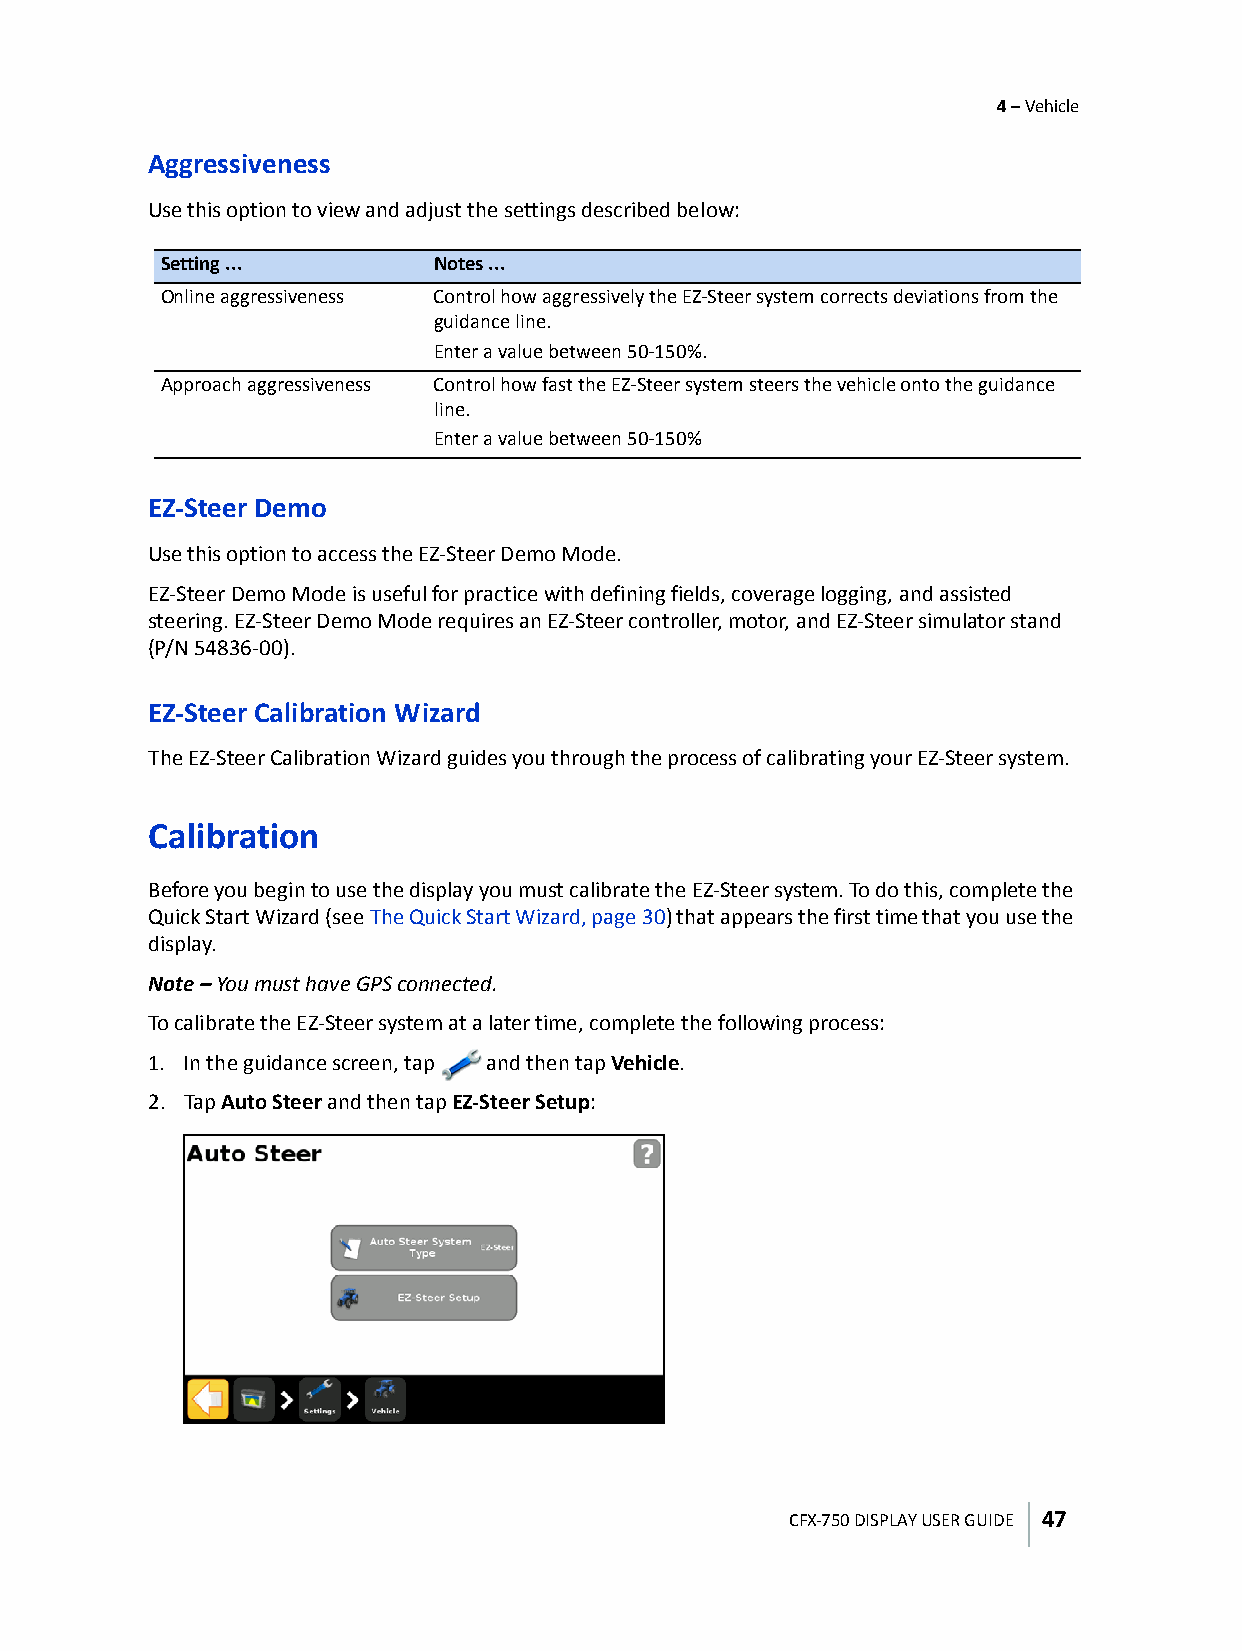
4 – Vehicle
 Aggressiveness
 Use this option to view and adjust the settings described below:
 Setting ...       Notes ...
 Online aggressiveness Control how aggressively the EZ-Steer system corrects deviations from the
 guidance line.
 Enter a value between 50-150%.
 Approach aggressiveness Control how fast the EZ-Steer system steers the vehicle onto the guidance
 line.
 Enter a value between 50-150%
 EZ-Steer Demo
 Use this option to access the EZ-Steer Demo Mode.
 EZ-Steer Demo Mode is useful for practice with defining fields, coverage logging, and assisted
 steering. EZ-Steer Demo Mode requires an EZ-Steer controller, motor, and EZ-Steer simulator stand
 (P/N 54836-00).
 EZ-Steer Calibration Wizard
 The EZ-Steer Calibration Wizard guides you through the process of calibrating your EZ-Steer system.
 Calibration
 Before you begin to use the display you must calibrate the EZ-Steer system. To do this, complete the
 Quick Start Wizard (see The Quick Start Wizard, page30) that appears the first time that you use the
 display.
 Note – You must have GPS connected.
 To calibrate the EZ-Steer system at a later time, complete the following process:
 1. In the guidance screen, tap and then tap Vehicle.
 2. Tap Auto Steer and then tap EZ-Steer Setup:
 CFX-750 DISPLAY USER GUIDE 47